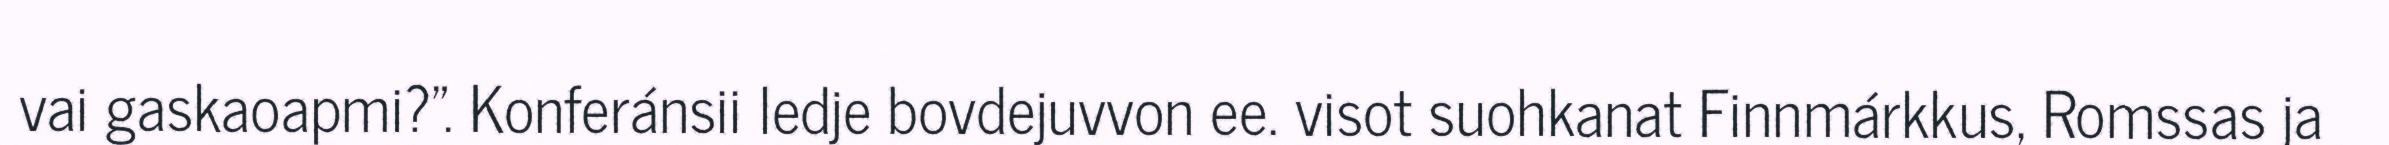
vai gaskaoapmi?". Konferánsii ledje bovdejuvvon ee. visot suohkanat Finnmárkkus, Romssas ja